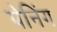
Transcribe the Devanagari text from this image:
पेनिंग